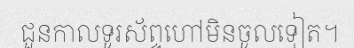
ជួនកាលទូរស័ព្ទហៅមិនចូលទៀត។